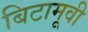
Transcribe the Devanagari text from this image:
बिटामूवी